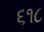
૬૧૮